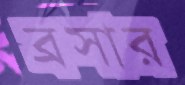
ব্রসার